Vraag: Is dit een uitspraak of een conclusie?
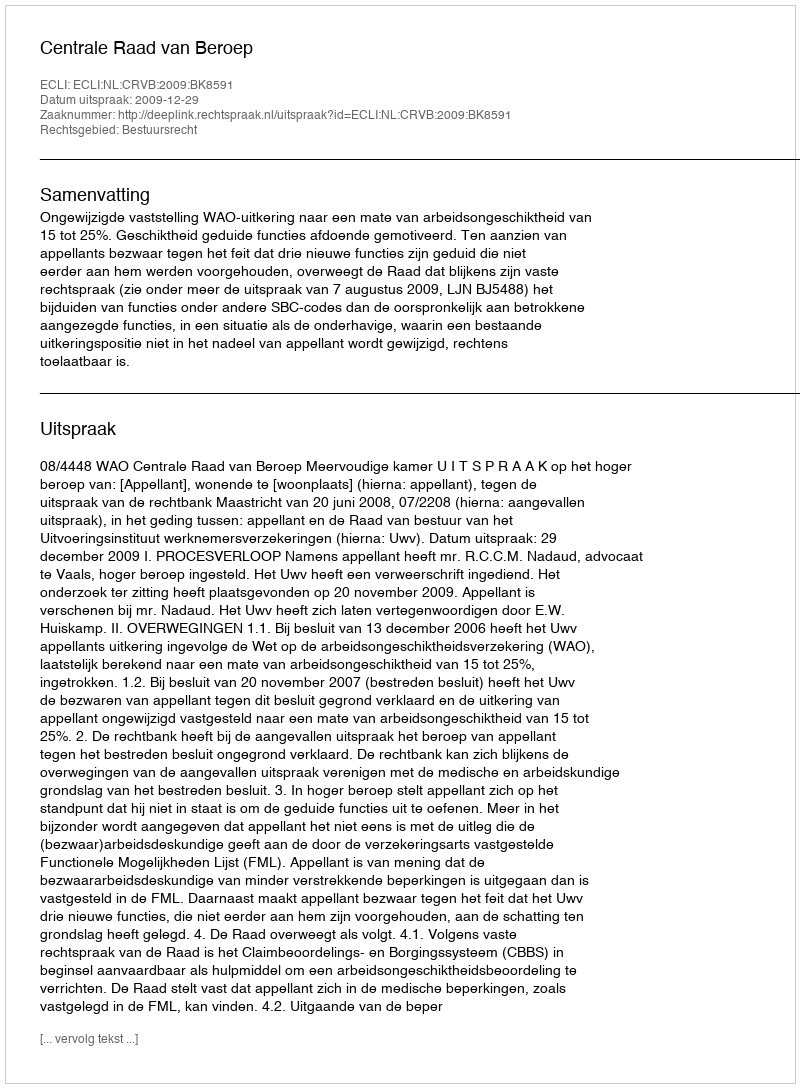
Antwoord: Uitspraak